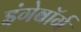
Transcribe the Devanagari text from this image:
इंगेबॉर्ग